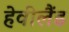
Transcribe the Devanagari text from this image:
हेवीलैंड